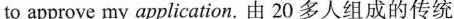
to approve my application.由20多人组成的传统